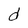
Character: d